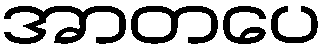
အာတပေ